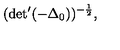
( \mathrm { d e t } ^ { \prime } ( - { \Delta } _ { 0 } ) ) ^ { - \frac { 1 } { 2 } } ,